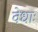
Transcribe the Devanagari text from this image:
वेधाः